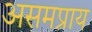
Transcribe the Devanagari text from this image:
असमप्राय